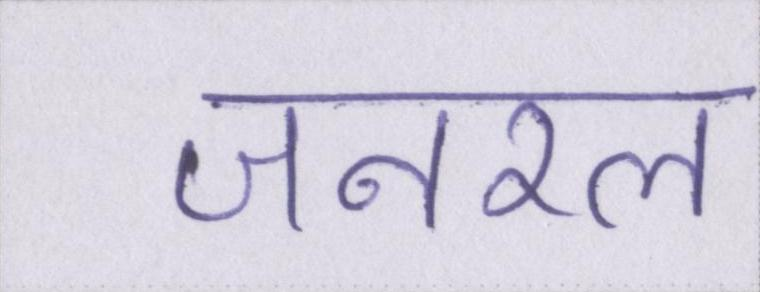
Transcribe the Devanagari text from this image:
जनरल